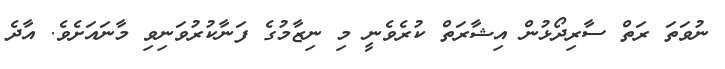
ނުވަތަ ރަތް ސާރިދޯޅުން އިޝާރަތް ކުރެވެނީ މި ނިޒާމުގެ ފަނާކުރުވަނިވި މާނައަށެވެ. އާދެ